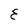
Character: E